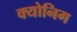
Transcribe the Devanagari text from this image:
क्योनिग